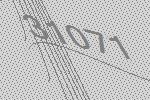
31071